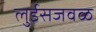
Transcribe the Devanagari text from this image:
लुईसजवळ